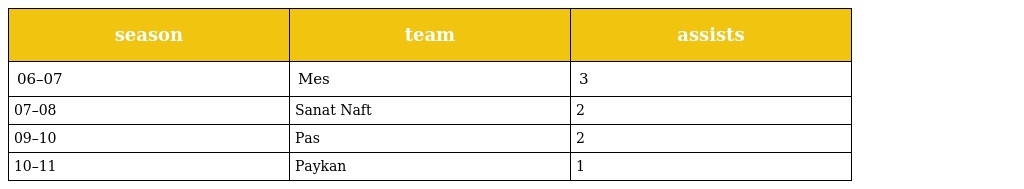
| season | team | assists |
 | --- | --- | --- |
 | 06–07 | Mes | 3 |
 | 07–08 | Sanat Naft | 2 |
 | 09–10 | Pas | 2 |
 | 10–11 | Paykan | 1 |